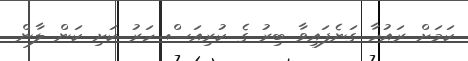
ކަމަށް ރައުހާ ގަނެފައިވާ ބިރު ގެ ކުރިއަސް ހަރު ކަށި ކަން ލާން